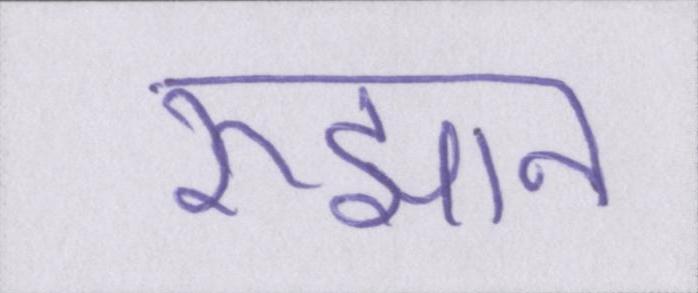
रुझान